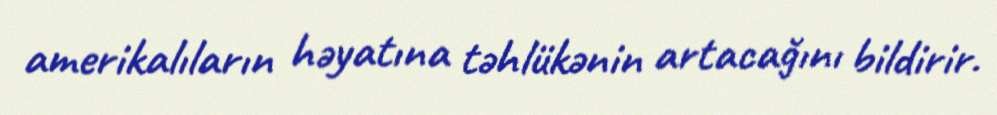
amerikalıların həyatına təhlükənin artacağını bildirir.